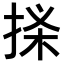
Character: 𢭒